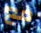
مع